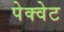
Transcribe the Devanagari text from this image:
पेक्वेट